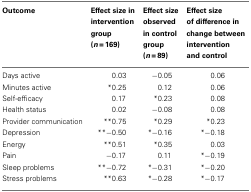
<table><thead><tr><td><b>Outcome</b></td><td><b>Effect size in intervention group (<i>n</i> = 169)</b></td><td><b>Effect size observed in control group (<i>n</i> = 89)</b></td><td><b>Effect size of difference in change between intervention and control</b></td></tr></thead><tbody><tr><td>Days active</td><td>0.03</td><td>−0.05</td><td>0.06</td></tr><tr><td>Minutes active</td><td>*0.25</td><td>0.12</td><td>0.06</td></tr><tr><td>Self-efficacy</td><td>0.17</td><td>*0.23</td><td>0.08</td></tr><tr><td>Health status</td><td>0.02</td><td>−0.08</td><td>0.08</td></tr><tr><td>Provider communication</td><td>**0.75</td><td>*0.29</td><td>*0.23</td></tr><tr><td>Depression</td><td>**−0.50</td><td>*−0.16</td><td>*−0.18</td></tr><tr><td>Energy</td><td>**0.51</td><td>*0.35</td><td>0.03</td></tr><tr><td>Pain</td><td>−0.17</td><td>0.11</td><td>*−0.19</td></tr><tr><td>Sleep problems</td><td>**−0.72</td><td>*−0.31</td><td>*−0.20</td></tr><tr><td>Stress problems</td><td>**0.63</td><td>*−0.28</td><td>*−0.17</td></tr></tbody></table>